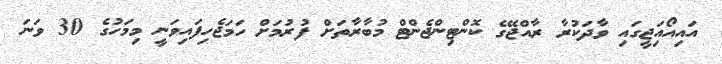
އައިއޯއަިޖީގައި ވާދަކުރާ ރާއްޖޭގެ ކޮންޓިންޖެންޓް މުބާރާތަށް ފުރުމަށް ހަމަޖެހިފައިވަނީ މިމަހުގެ 30 ވަނަ